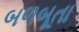
બળબૂતા